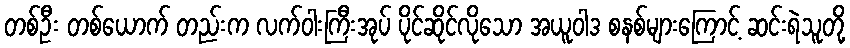
တစ်ဦး တစ်ယောက် တည်းက လက်ဝါးကြီးအုပ် ပိုင်ဆိုင်လိုသော အယူဝါဒ စနစ်များကြောင့် ဆင်းရဲသူတို့